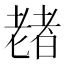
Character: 𫅶